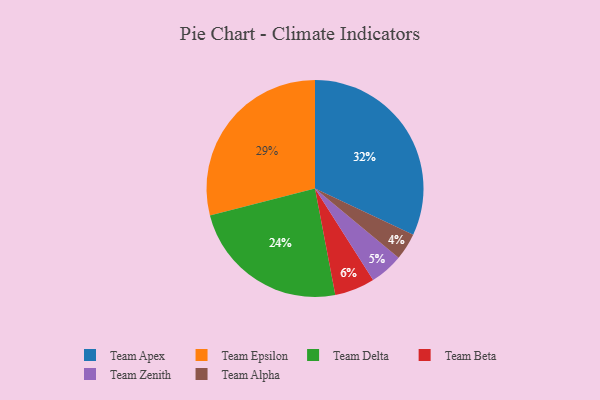
{"axis": {"x": "Category", "y": "Percentage"}, "legend": ["Team Alpha", "Team Apex", "Team Beta", "Team Delta", "Team Epsilon", "Team Zenith"], "data": [{"x": "Team Zenith", "y": 5, "type": "Team Zenith"}, {"x": "Team Beta", "y": 6, "type": "Team Beta"}, {"x": "Team Alpha", "y": 4, "type": "Team Alpha"}, {"x": "Team Apex", "y": 32, "type": "Team Apex"}, {"x": "Team Epsilon", "y": 29, "type": "Team Epsilon"}, {"x": "Team Delta", "y": 24, "type": "Team Delta"}]}